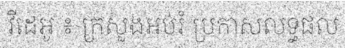
វីដេអូ ៖ ក្រសួងអប់រំ ប្រកាសលទ្ធផល